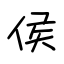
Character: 侯